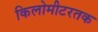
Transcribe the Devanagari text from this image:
किलोमीटरतक